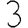
Digit: 3